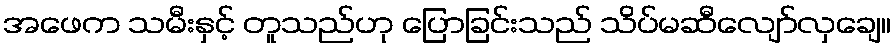
အဖေက သမီးနှင့် တူသည်ဟု ပြောခြင်းသည် သိပ်မဆီလျော်လှချေ။